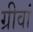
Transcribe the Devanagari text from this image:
ग्रीवां